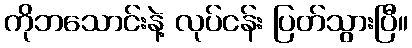
ကိုဘသောင်းနဲ့ လုပ်ငန်း ပြတ်သွားပြီ။